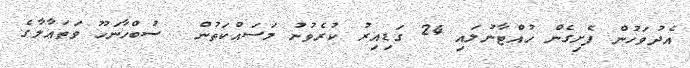
އެދުވަހުން ފެށިގެން ހުއްޓާނުލައި 24 ގަޑިއިރު ކުރެވުނު މަސައްކަތުން  ސުބްހާނަހޫ ވަތަޢާލާގެ